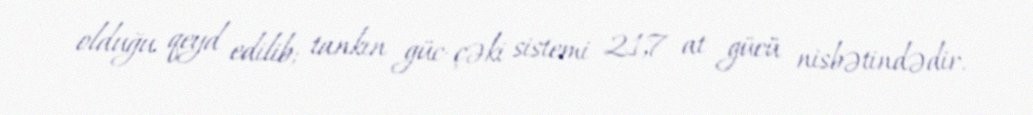
olduğu qeyd edilib; tankın güc-çəki sistemi 21,7 at gücü nisbətindədir.